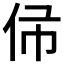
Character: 𠇛